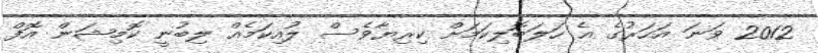
2012 ވަނަ އަހަރުގެ އެ ހަލަބޮލިކަމަށް ކިރިޔާވެސް ލުއިކަމެއް ލިބުނީ ކޮމިޝަން އޮފް